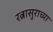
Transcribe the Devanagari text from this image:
रत्नासुराच्या